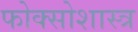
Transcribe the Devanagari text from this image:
फोक्सोशास्त्र